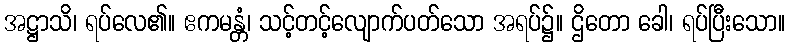
အဋ္ဌာသိ၊ ရပ်လေ၏။ ဧကမန္တံ၊ သင့်တင့်လျောက်ပတ်သော အရပ်၌။ ဌိတော ခေါ၊ ရပ်ပြီးသော။